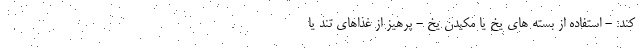
کند: - استفاده از بسته های یخ یا مکیدن یخ - پرهیز از غذاهای تند یا